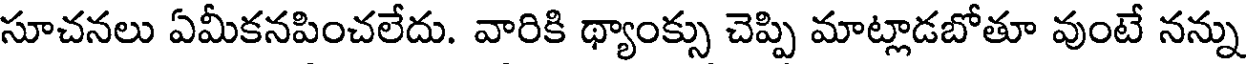
సూచనలు ఏమీకనపించలేదు. వారికి థ్యాంక్సు చెప్పి మాట్లాడబోతూ వుంటే నన్ను